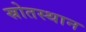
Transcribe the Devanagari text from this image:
स्रोतस्थान